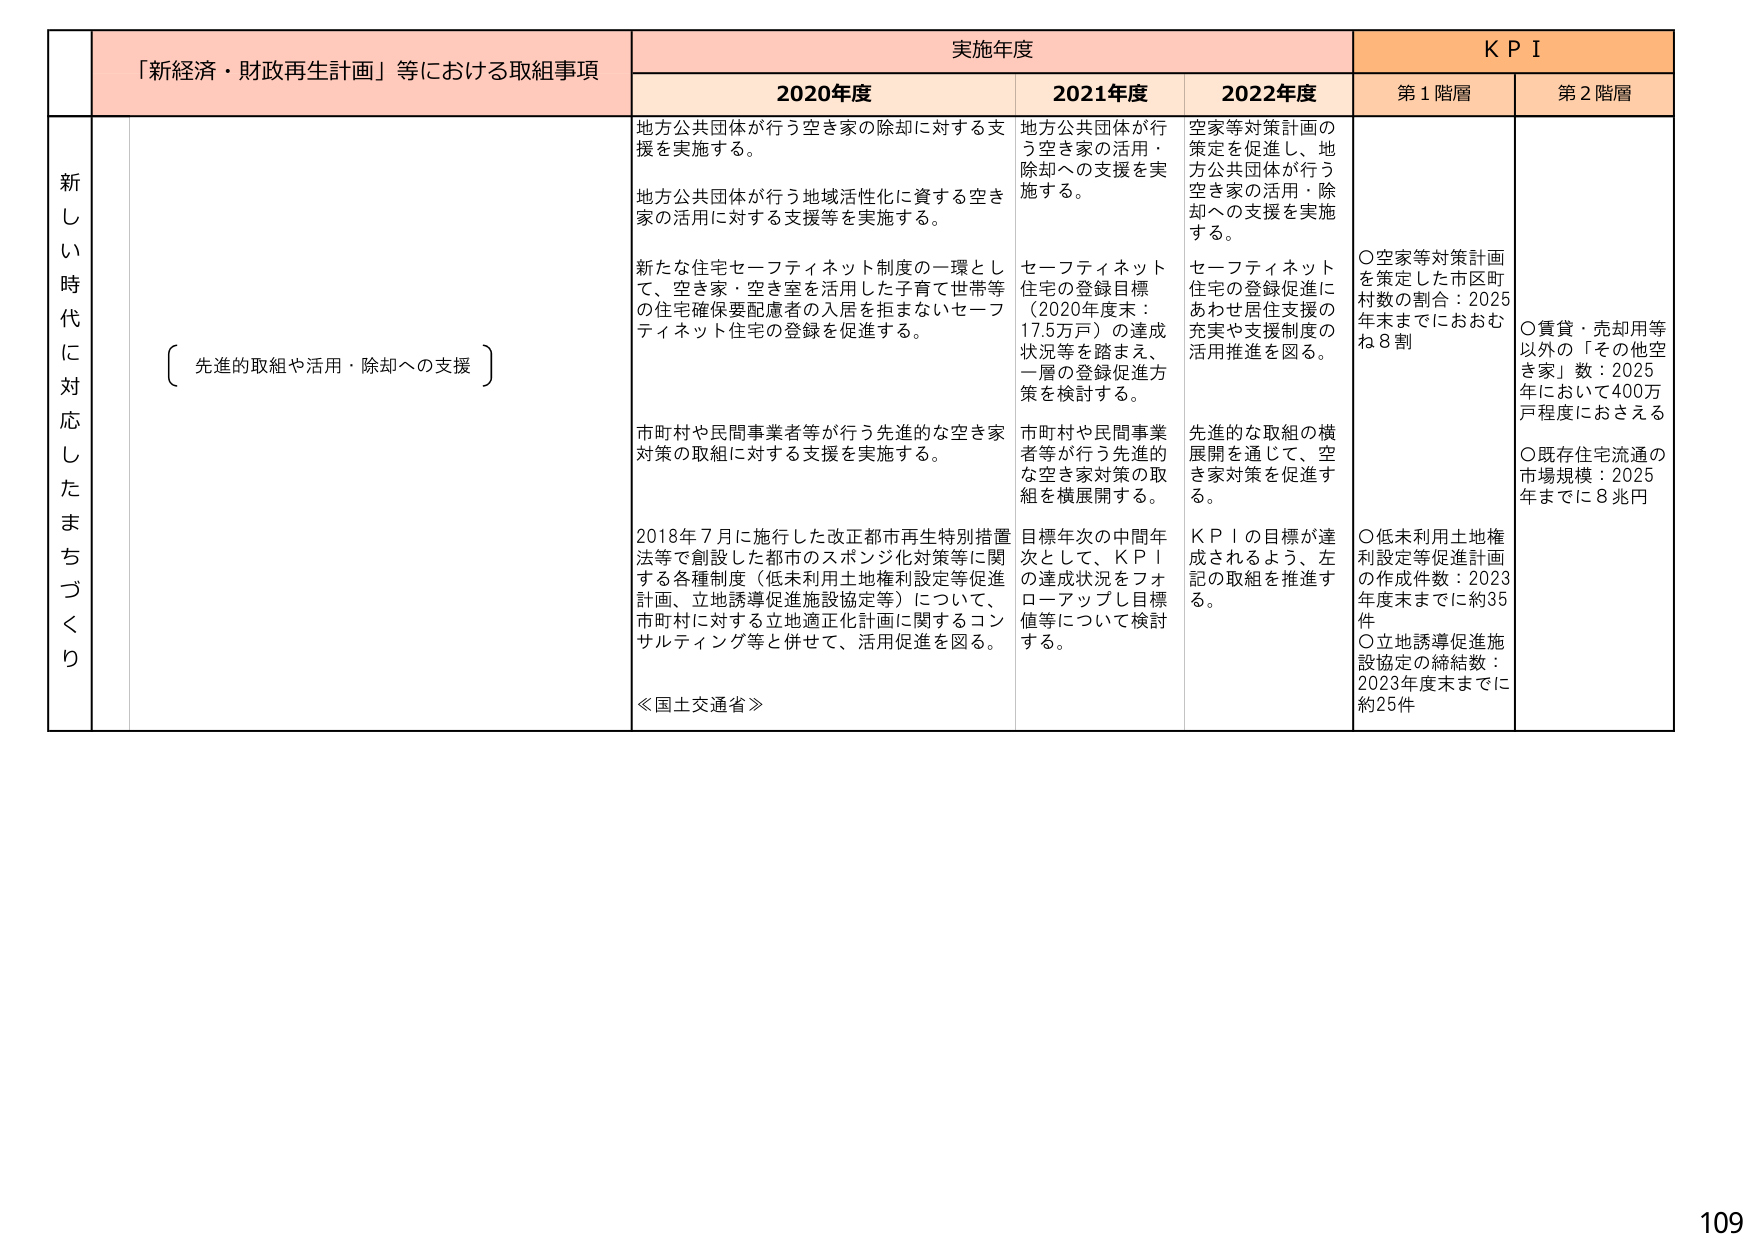
新しき時代に対応したまちづくり
「新経済・財政再生計画」等における取組事項
実施年度
KPI
2020年度
2021年度
2022年度
第1階層
第2階層

地方公共団体が行う空き家の除却に対する支援を実施する。
地方公共団体が行う地域活性化に資する空き家の活用に対する支援等を実施する。
新たな住宅セーフティネット制度の一環として、空き家・空き室を活用した子育て世帯等の住宅確保要配慮者の入居を担わないセーフティネット住宅の登録を促進する。
市町村や民間事業者等が行う先進的な空き家対策の取組に対する支援を実施する。
2018年7月に施行した改正都市再生特別措置法等で創設した都市のスポンジ化対策等に関する各種制度（低未利用土地権利設定等促進計画、立地誘導促進施設協定等）について、市町村に対する立地適正化計画に関するコンサルティング等と併せて、活用促進を図る。
≪国土交通省≫

地方公共団体が行う空き家の活用・除却への支援を実施する。
セーフティネット住宅の登録目標（2020年度末：17.5万戸）の達成状況等を踏まえ、一層の登録促進方策を検討する。
市町村や民間事業者等が行う先進的な空き家対策の取組を横展開する。
目標年次の中間年次として、KPIの達成状況をフォローアップし目標値等について検討する。

空家等対策計画の策定を促進し、地方公共団体が行う空き家の活用・除却への支援を実施する。
セーフティネット住宅の登録促進にあわせ居住支援の充実や支援制度の活用推進を図る。
先進的な取組の横展開を通じて、空き家対策を促進する。
KPIの目標が達成されるよう、左記の取組を推進する。

○空家等対策計画を策定した市区町村数の割合：2025年末までにおおむね8割
○賃貸・売却用等以外の「その他空き家」数：2025年において400万戸程度におさえる
○既存住宅流通の市場規模：2025年までに8兆円
○低未利用土地権利設定等促進計画の作成件数：2023年度末までに約35件
○立地誘導促進施設協定の締結数：2023年度末までに約25件

先進的取組や活用・除却への支援

109